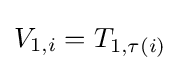
V_{1,i}=T_{1,\tau (i)}